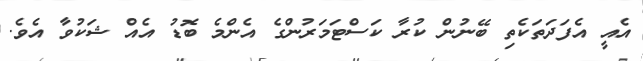
އެއީ އެފަދަތަކެތި ބޭނުން ކުރާ ކަސްޓަމަރުންގެ އެންމެ ބޮޑު އެއް ޝަކުވާ އެވެ.